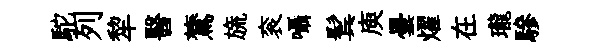
駝列犂醫鷟旒衮囁鬂庾曇燿在瓏驂